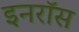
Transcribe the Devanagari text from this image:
इनरॉस